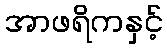
အာဖရိကနှင့်